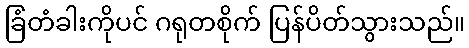
ခြံတံခါးကိုပင် ဂရုတစိုက် ပြန်ပိတ်သွားသည်။